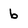
Character: 6